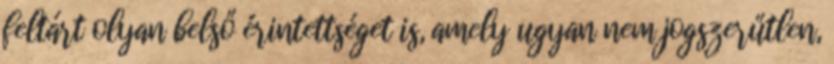
feltárt olyan belső érintettséget is, amely ugyan nem jogszerűtlen,